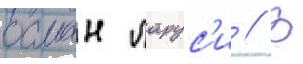
осман ларус'и // В